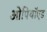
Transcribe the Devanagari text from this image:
ओपियॉएड